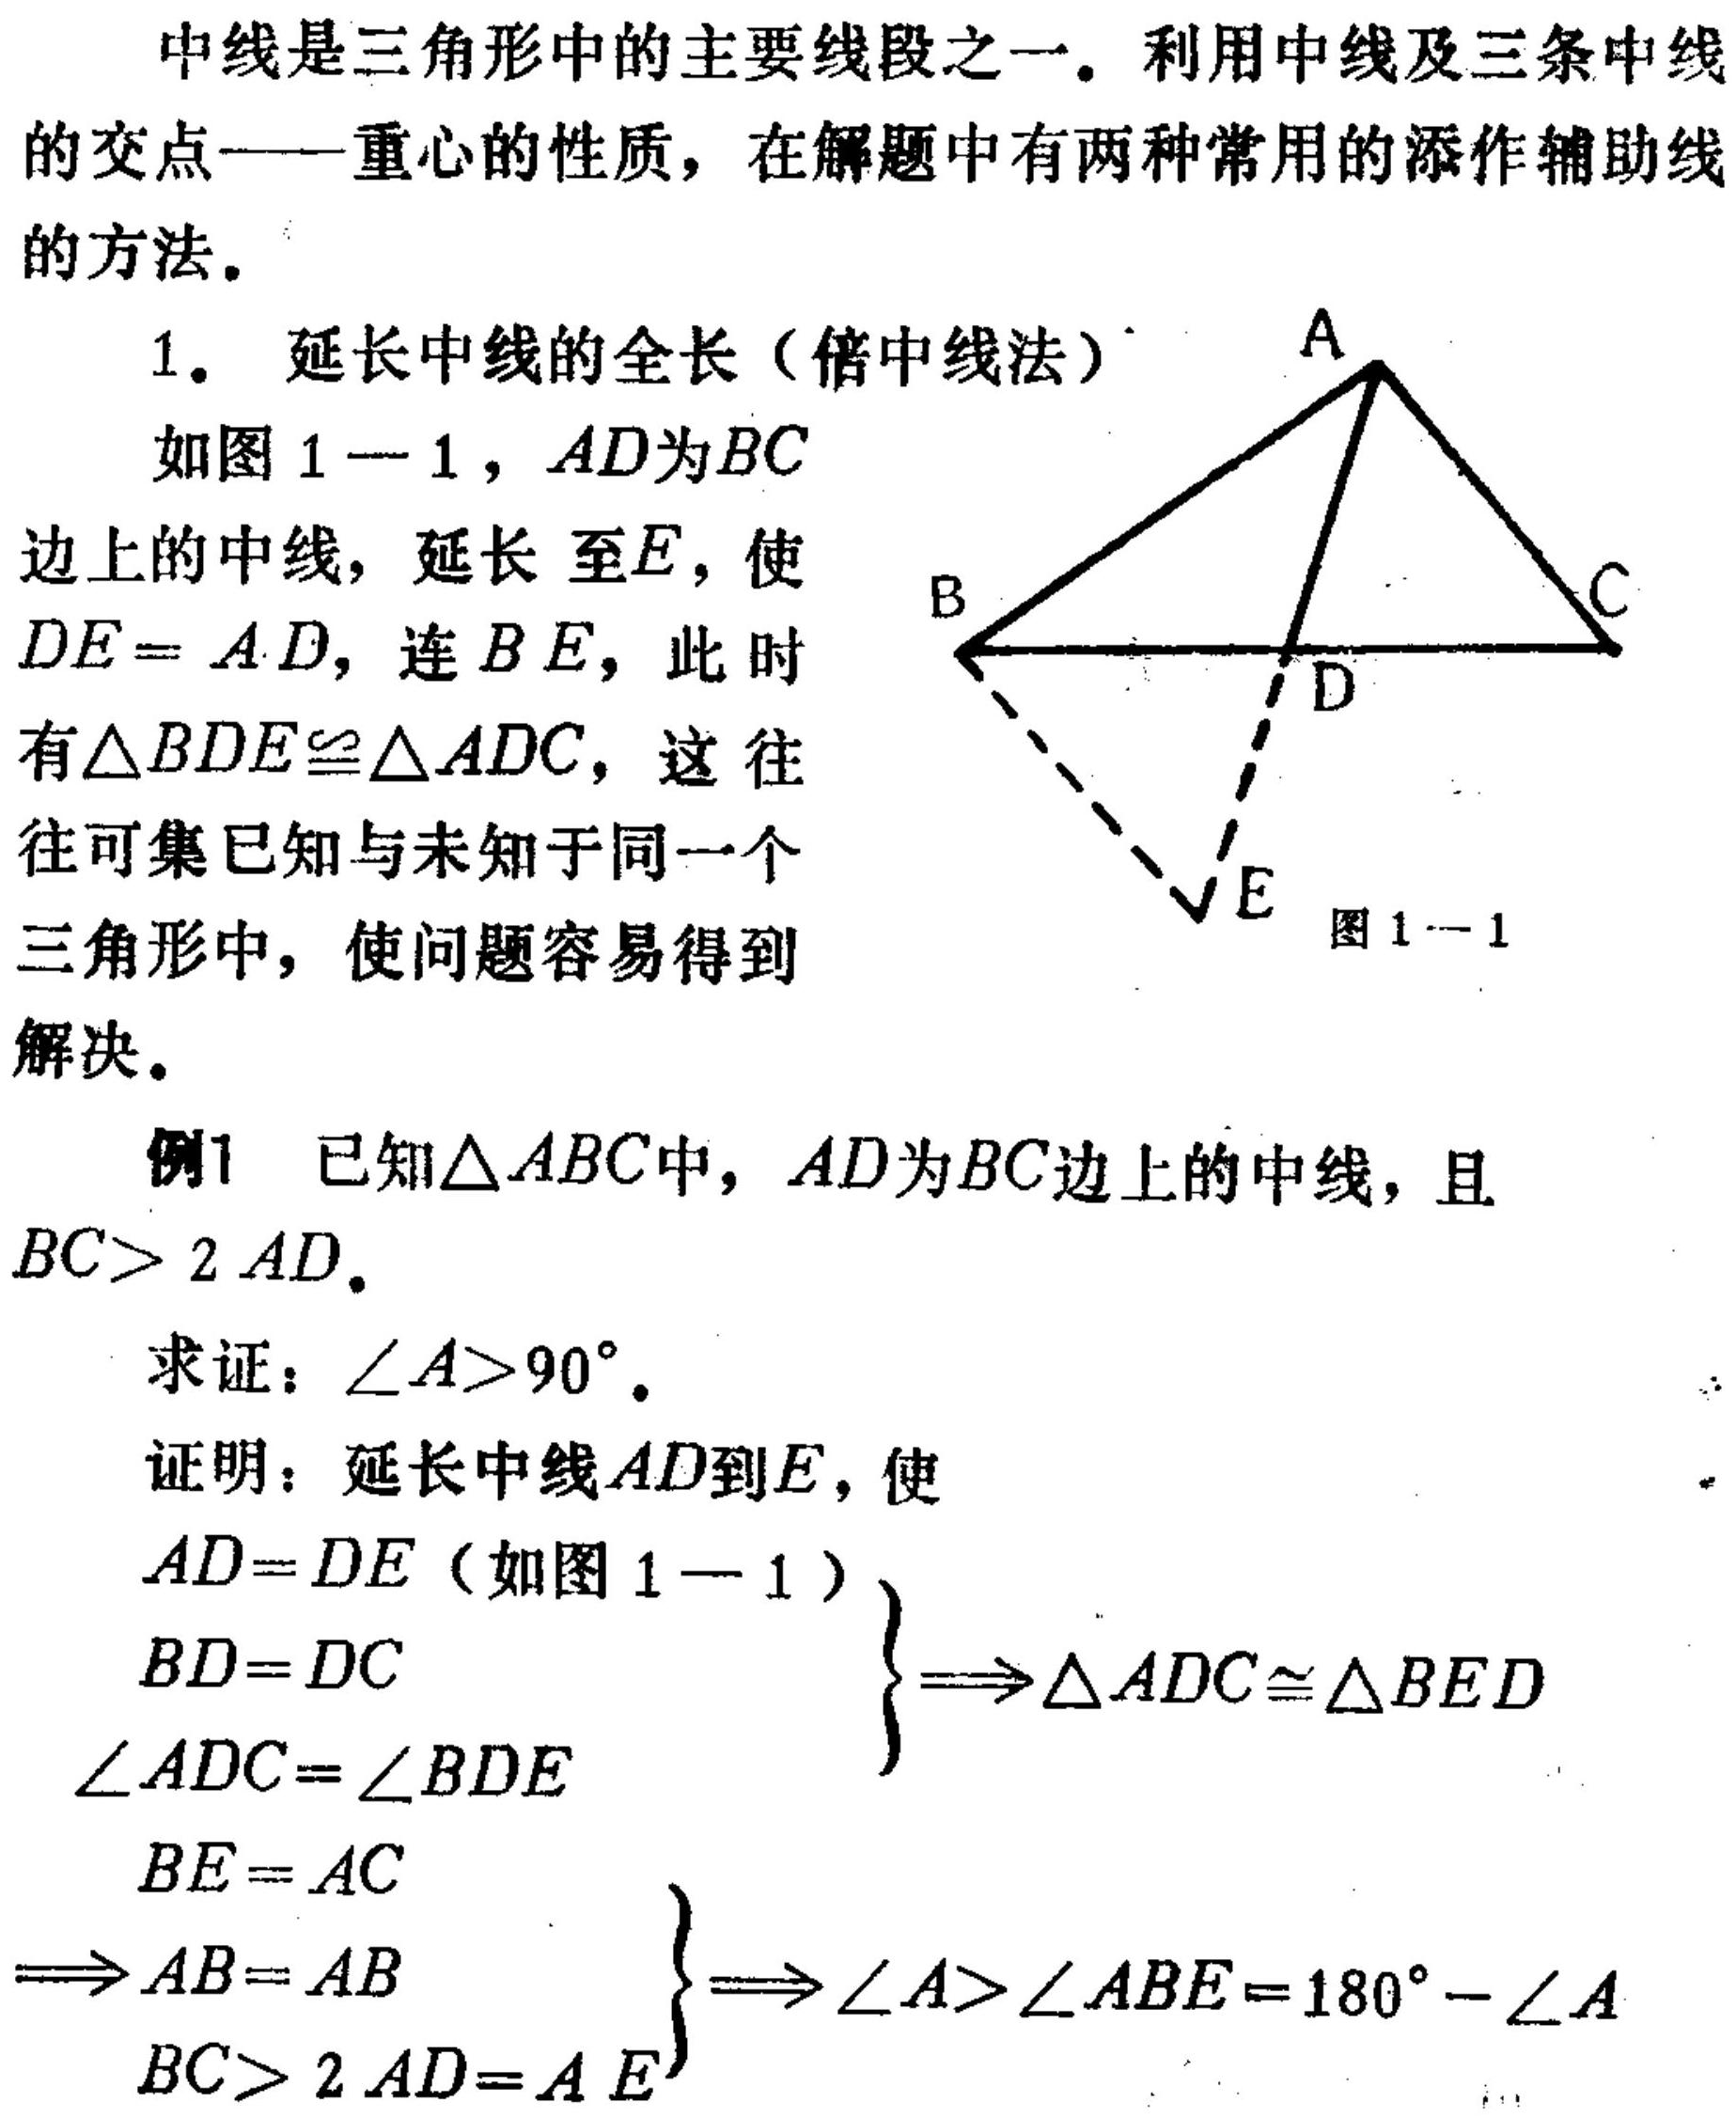
中线是三角形中的主要线段之一。利用中线及三条中线的交点——重心的性质，在解题中有两种常用的添作辅助线的方法。
1. 延长中线的全长（倍中线法）
如图 1 - 1，\(AD\)为\(BC\)边上的中线，延长至\(E\)，使\(DE = AD\)，连\(BE\)，此时有\(\triangle BDE\cong\triangle ADC\)，这往往可集已知与未知于同一个三角形中，使问题容易得到解决。
例1 已知\(\triangle ABC\)中，\(AD\)为\(BC\)边上的中线，且\(BC> 2AD\)。
求证：\(\angle A>90^{\circ}\)。
证明：延长中线\(AD\)到\(E\)，使
\(\left.\begin{array}{l}
AD = DE（如图 1 - 1）\\
BD = DC\\
\angle ADC=\angle BDE
\end{array}\right\}\Rightarrow\triangle ADC\cong\triangle BED\)
\(\left.\begin{array}{l}
BE = AC\\
AB = AB\\
BC>2AD = AE
\end{array}\right\}\Rightarrow\angle A>\angle ABE = 180^{\circ}-\angle A\)